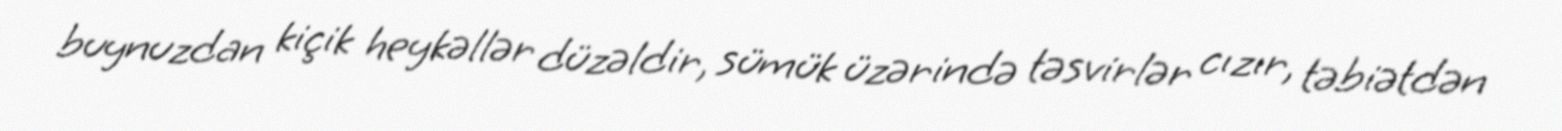
buynuzdan kiçik heykəllər düzəldir, sümük üzərində təsvirlər cızır, təbiətdən